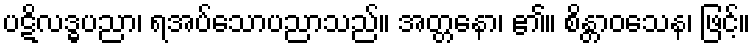
ပဋိလဒ္ဓပညာ၊ ရအပ်သောပညာသည်။ အတ္တနော၊ ၏။ စိန္တာဝသေန၊ ဖြင့်။